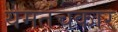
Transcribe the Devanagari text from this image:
यमतंचकार